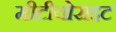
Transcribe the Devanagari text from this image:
मीटीयोराइट